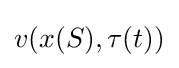
v(x(S),\tau (t))